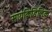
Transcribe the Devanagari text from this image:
सायकिडिलिक